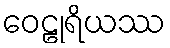
ဝေဠုရိယဿ